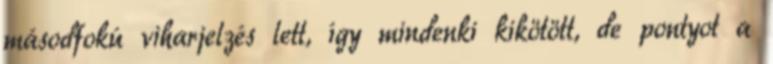
másodfokú viharjelzés lett, így mindenki kikötött, de pontyot a